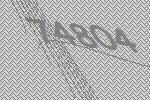
74804